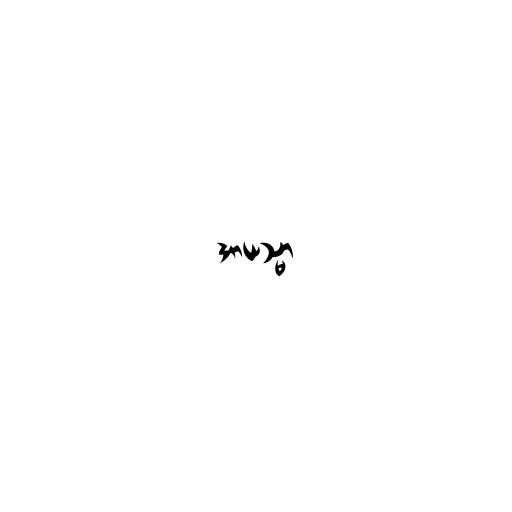
အာယသ္မာ